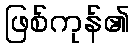
ဖြစ်ကုန်၏